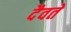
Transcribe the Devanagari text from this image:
दैवतें